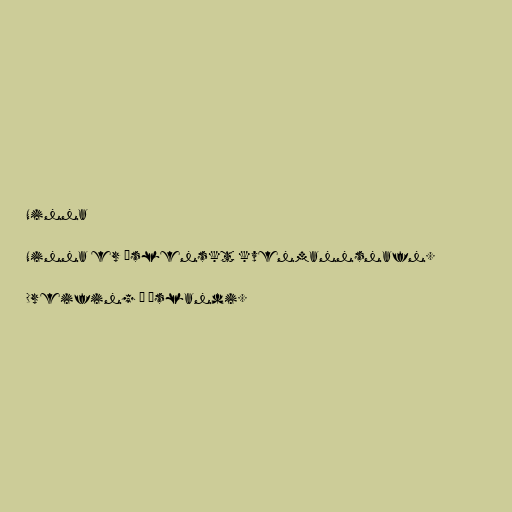
Ninna

Ninna er íslenskt kvenmannsnafn.

Dreifing á Íslandi.